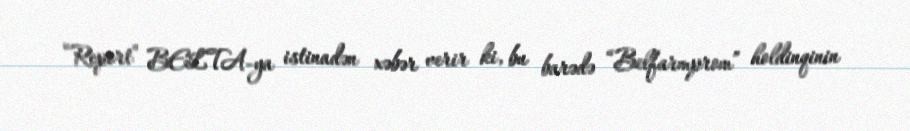
“Report” BELTA-ya istinadən xəbər verir ki, bu barədə “Belfarmprom” holdinqinin